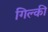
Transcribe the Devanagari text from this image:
गिल्की